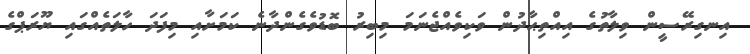
އިނގިރޭސީން ވިލާތުގެ އިއްތިޙާދުން ވަކިވެއްޖެނަމަ މިބިރު ބޮޑުވެގެންދާނެ ކަމަށާއި މިފަދަ ހާލަތެއްގައި ޔޫރަޕްގެ